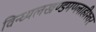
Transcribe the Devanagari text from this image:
विन्ध्यलखण्डमण्लाहीश्वर